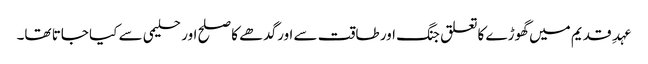
عہدِ قدیم میں گھوڑے کاتعلق جنگ اور طاقت سے اورگدھے کا صلح اور حلیمی سے کیا جاتا تھا۔